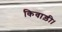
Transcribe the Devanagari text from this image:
किवाड़ी।